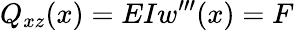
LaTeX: Q_{xz}(x)=EIw^{\prime\prime\prime}(x)=F